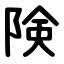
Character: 険